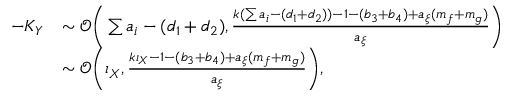
\begin{array} { r l } { - K _ { Y } } & { \sim \mathcal O \bigg ( \sum { a _ { i } } - ( d _ { 1 } + d _ { 2 } ) , \frac { k ( \sum { a _ { i } } - ( d _ { 1 } + d _ { 2 } ) ) - 1 - ( b _ { 3 } + b _ { 4 } ) + a _ { \xi } ( m _ { f } + m _ { g } ) } { a _ { \xi } } \bigg ) } \\ & { \sim \mathcal O \bigg ( \iota _ { X } , \frac { k \iota _ { X } - 1 - ( b _ { 3 } + b _ { 4 } ) + a _ { \xi } ( m _ { f } + m _ { g } ) } { a _ { \xi } } \bigg ) , } \end{array}